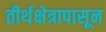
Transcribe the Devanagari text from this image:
तीर्थक्षेत्रापासून